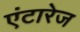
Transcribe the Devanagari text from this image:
एंटारेज